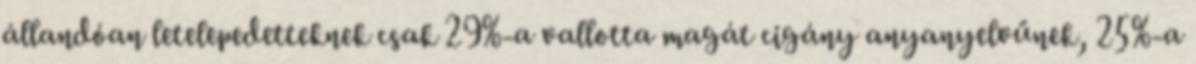
állandóan letelepedetteknek csak 29%-a vallotta magát cigány anyanyelvűnek, 25%-a